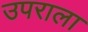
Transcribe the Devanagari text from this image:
उपराला